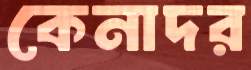
কেনাদর